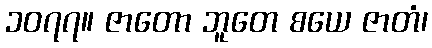
၁၀၇၇။ ဇာတော ဘူတေ စယေ ဇာတံ၊